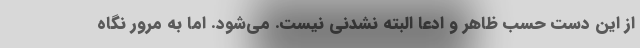
از این دست حسب ظاهر و ادعا البته نشدنی نیست. می‌شود. اما به مرور نگاه